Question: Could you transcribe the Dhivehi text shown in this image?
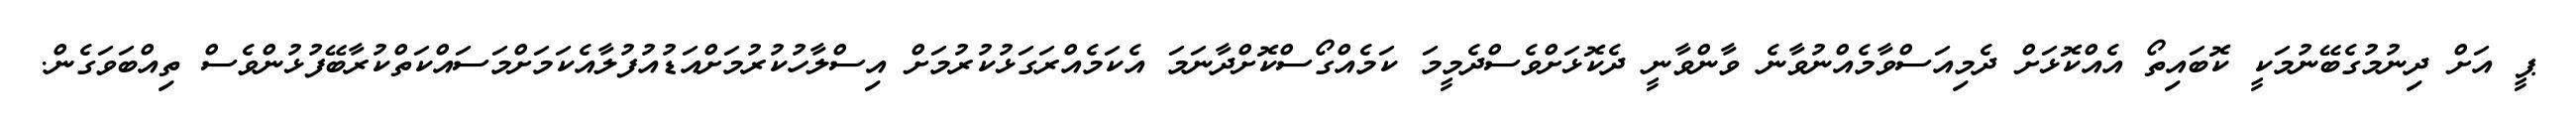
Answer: ޕީ އަށް ދިނުމުގެބޭނުމަކީ ކޮބައިތޯ އެއްކޮޅަށް ދެމިއަސްވާމެއްނުވާނެ ވާންވާނީ ދެކޮޅަށްވެސްދެމީމަ ކަމެއްގޯސްކޮށްދާނަމަ އެކަމެއްރަގަޅުކުރުމަށް އިސްލާހުކުރުމަށްއަޑުއުފުލާއެކަމަށްމަސައްކަތްކުރާބޭފުޅުންވެސް ތިއްބަވަގެން.